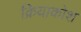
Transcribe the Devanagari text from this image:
क्रियाकोश